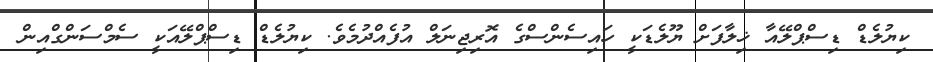
ކިޔުލެޑް ޑިސްޕްލޭއާ ޚިލާފަށް ޔޫލެޑަކީ ހައިސެންސްގެ އޮރިޖިނަލް އުފެއްދުމެވެ. ކިޔުލެޑް ޑިސްޕްލޭއަކީ ސެމްސަންގްއިން